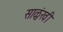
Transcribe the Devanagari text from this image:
साळुंखी